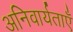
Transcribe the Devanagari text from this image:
अनिवार्यताएँ